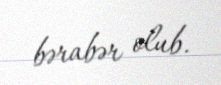
bərabər olub.